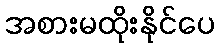
အစားမထိုးနိုင်ပေ